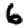
Digit: 6